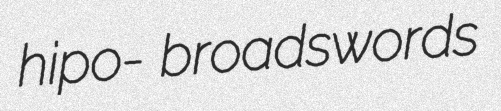
hipo- broadswords